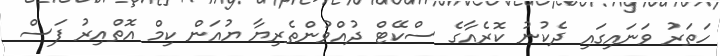
ހަތަރު ވަނައިގައި ދެކުނު ކޮރެއާގެ ސްކޭޓް ދުއްވުންތެރިޔާ ޔުއަން ކިމް އޮތްއިރު ފަސް